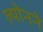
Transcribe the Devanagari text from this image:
ल्योनने